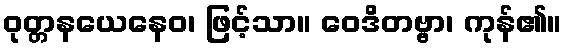
ဝုတ္တနယေနေဝ၊ ဖြင့်သာ။ ဝေဒိတဗ္ဗာ၊ ကုန်၏။